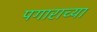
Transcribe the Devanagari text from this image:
पगाराच्या